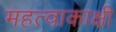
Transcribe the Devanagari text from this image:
महत्वाकाक्षी